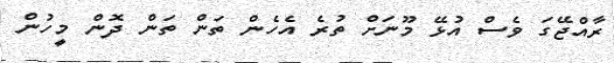
ރާއްޖޭގަ ވެސް އުޅޭ މޫނަށް ތުރެ އެހެން ތަން ތަން ދޮން މީހުން